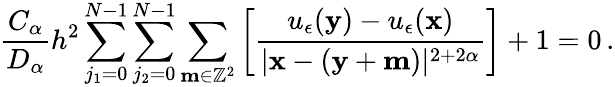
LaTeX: \frac{C_{\alpha}}{D_{\alpha}}h^{2}\sum_{j_{1}=0}^{N-1}\sum_{j_{2}=0}^{N-1}\sum_{\mathbf{m}\in\mathbb{Z}^{2}}\left[\frac{u_{\epsilon}(\mathbf{y})-u_{\epsilon}(\mathbf{x})}{|\mathbf{x}-(\mathbf{y}+\mathbf{m})|^{2+2\alpha}}\right]+1=0\, .